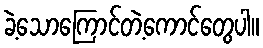
ခဲ့သောကြောင်တဲ့ကောင်တွေပါ။